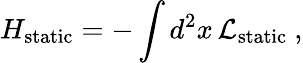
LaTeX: H_{\mathrm{static}}=-\int d^{2}x\, {\cal L}_{\mathrm{static}}\ ,